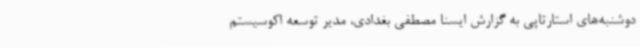
دوشنبه‌های استارتاپی به گزارش ایسنا مصطفی بغدادی، مدیر توسعه اکوسیستم